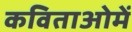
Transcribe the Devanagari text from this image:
कविताओमें